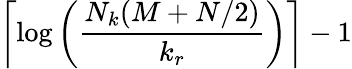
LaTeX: \left\lceil\log\left(\frac{N_{k}(M+N/2)}{k_{r}}\right)\right\rceil-1